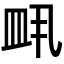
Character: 𬐙